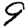
Digit: 9